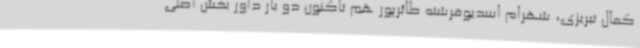
کمال تبریزی‌، شهرام اسدیوفرشته طائرپور هم تاکنون دو بار داور بخش اصلی